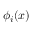
\phi _ { i } ( x )